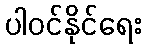
ပါဝင်နိုင်ရေး